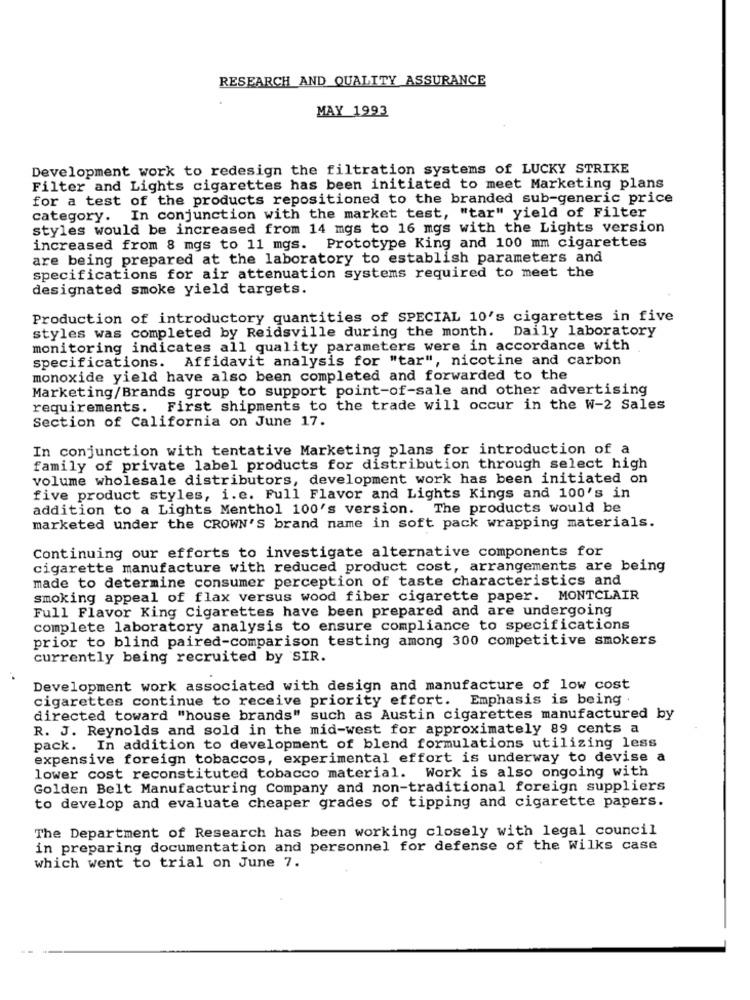
RESEARCH AND QUALITY ASSURANCE
MAY 1993
Development work to redesign the filtration systems of LUCKY STRIKE
Filter and Lights cigarettes has been initiated to meet Marketing plans
for a test of the products repositioned to the branded sub-generic price
category. In conjunction with the market test, "tar" yield of Filter
styles would be increased from 14 mgs to 16 mgs with the Lights version
increased from 8 mgs to 11 mgs. Prototype King and 100 mm cigarettes
are being prepared at the laboratory to establish parameters and
specifications for air attenuation systems required to meet the
designated smoke yield targets.
Production of introductory quantities of SPECIAL 10's cigarettes in five
styles was completed by Reidsville during the month. Daily laboratory
monitoring indicates all quality parameters were in accordance with
specifications. Affidavit analysis for "tar", nicotine and carbon
monoxide yield have also been completed and forwarded to the
Marketing/Brands group to support point-of-sale and other advertising
requirements. First shipments to the trade will occur in the W-2 Sales
Section of California on June 17.
In conjunction with tentative Marketing plans for introduction of a
family of private label products for distribution through select high
volume wholesale distributors, development work has been initiated on
five product styles, i.e. Full Flavor and Lights Kings and 100's in
addition to a Lights Menthol 100's version. The products would be
marketed under the CROWN'S brand name in soft pack wrapping materials.
Continuing our efforts to investigate alternative components for
cigarette manufacture with reduced product cost, arrangements are being
made to determine consumer perception of taste characteristics and
smoking appeal of flax versus wood fiber cigarette paper. MONTCLAIR
Full Flavor King Cigarettes have been prepared and are undergoing
complete laboratory analysis to ensure compliance to specifications
prior to blind paired-comparison testing among 300 competitive smokers
currently being recruited by SIR.
Development work associated with design and manufacture of low cost
cigarettes continue to receive priority effort. Emphasis is being .
directed toward "house brands" such as Austin cigarettes manufactured by
R. J. Reynolds and sold in the mid-west for approximately 89 cents a
pack. In addition to development of blend formulations utilizing less
expensive foreign tobaccos, experimental effort is underway to devise a
lower cost reconstituted tobacco material. Work is also ongoing with
Golden Belt Manufacturing Company and non-traditional foreign suppliers
to develop and evaluate cheaper grades of tipping and cigarette papers.
The Department of Research has been working closely with legal council
in preparing documentation and personnel for defense of the Wilks case
which went to trial on June 7.